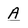
Character: A